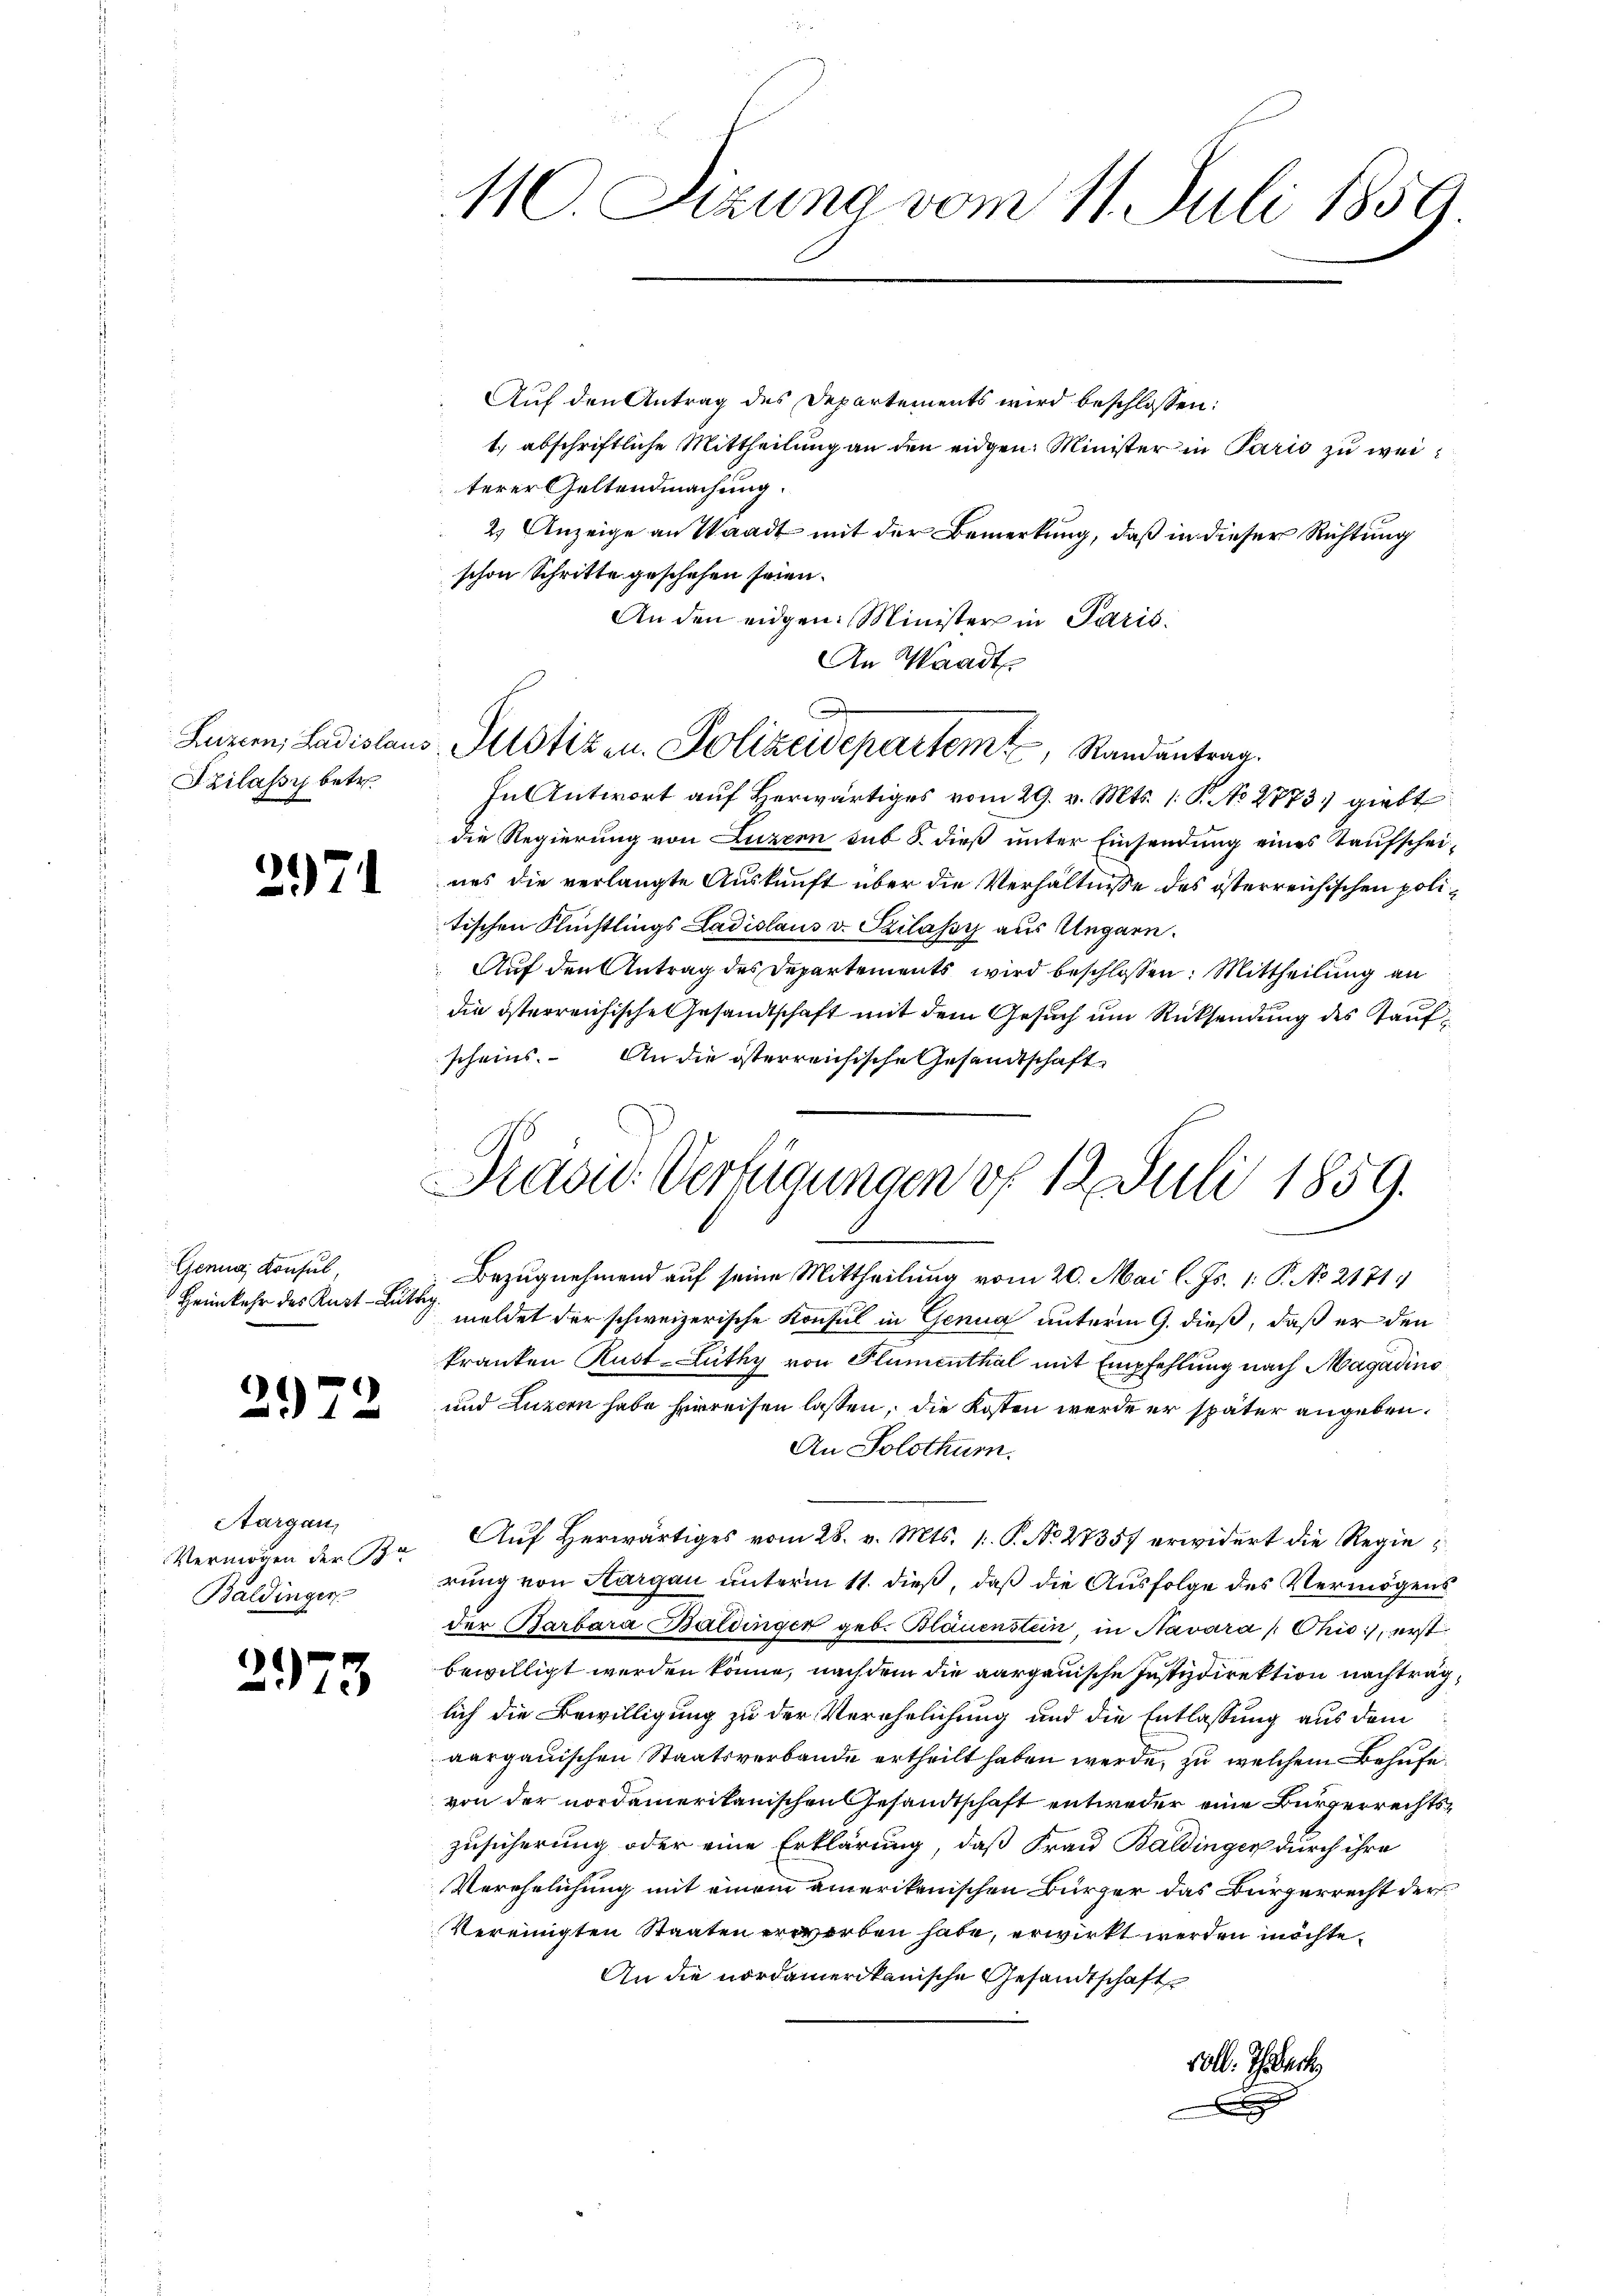
Szilassy betr.

274

¬

Genua, Konsul
Heimkehr des Kurt - Butte

2973

Aargau,
Vermögen der Scha
Baldinger

110. Sizung vom 11. Juli 1859.

Luzern, Ladislaus Potizen. Polizeidepartem Randantrag.

Auf den Antrag des Departements wird beschlossen:
1.) abschriftliche Mittheilung an den eidgen. Minister in Paris zu weiterer Geltendmachung.
2) Anzeige an Waadt mit der Bemerkung, daß in dieser Richtung
schon Schritte geschehen seien.
An den eidgen. Minister in Paris
An Waadt
In Antwort auf Herwärtiges vom 29. v. Mts. 1. P. No 2773, giebt
die Regierung von Luzern sub S. dieß unter Einsendung eines Taufscheiues die verlangte Auskunft über die Verhältnisse des österreichischen politischen Flüchtlings Ladislaus v. Szilassy aus Ungarn.
Auf den Antrag des Departements wird beschlossen: Mittheilung an
die österreichische Gesandtschaft mit dem Gesuch um Rücksendung des Kaufscheins. An die österreichische Gesandtschaft

Prase Verfügungen vf 12. Juli 1859.
u

Bezugnehmend auf seine Mittheilung vom 20. Mai l. Js. 1. P. No 2171
 meldet der schweizerische Konsul in Genug unterm 9. dieß, daß er den
kranken Rust-Lüthy von Plumenthal mit Empfehlung nach Magadino
und Luzern habe herreisen lassen, die Kosten werde er später angeben.
An Solothurn.
Auf Herwärtiges vom 28. v. Mts. 1. P. No 27357 erwidert die Regie
rung von Aargau unterm 11. dieß, daß die Ausfolge des Vermögens
der Barbara Battinger geb. Blauenstein, in Navara /Chio, erst
bewilligt werden könne, nach dem die aargauische Justizdirektion nachtrag,
lich die Bewilligung zu der Verehelichung und die Entlassung aus dem
aargauischen Staatsverbande ertheilt haben werde, zu welchem Behufe
von der nordamerikanischen Gesandtschaft entweder eine Bürgerrechtszusicherung oder eine Erklärung, daß Frau Baldinger durch ihre
Verehelichung mit einem amerikanischen Bürger das Bürgerrecht der
Vereinigten Staaten erworben habe, erwirkt werden möchte.
An die nordamerikanische Gesandtschaft
voll. Ihrech